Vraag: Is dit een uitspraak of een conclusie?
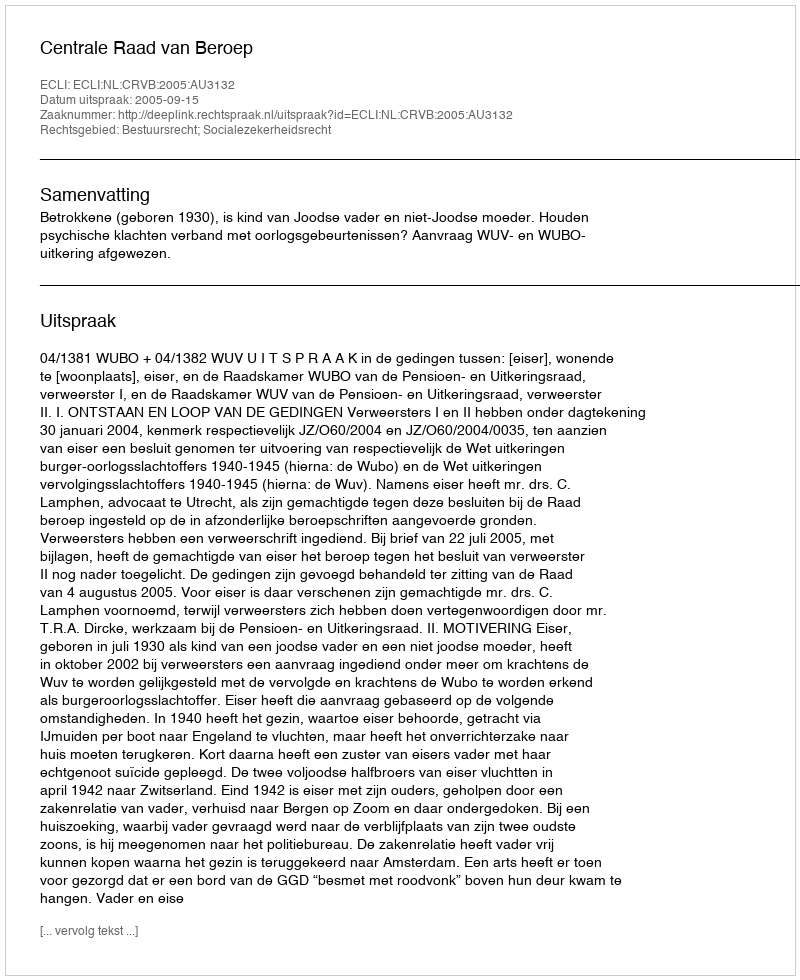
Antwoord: Uitspraak